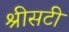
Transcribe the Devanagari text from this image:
श्रीसटी